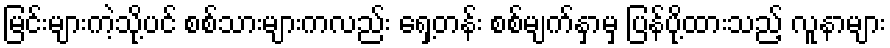
မြင်းများကဲ့သို့ပင် စစ်သားများကလည်း ရှေ့တန်း စစ်မျက်နှာမှ ပြန်ပို့ထားသည့် လူနာများ